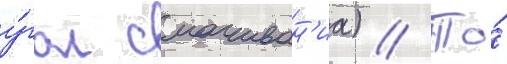
у́гол смачиван'иа) // То́